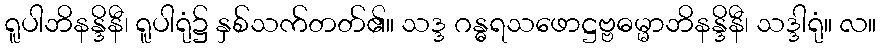
ရူပါဘိနန္ဒိနီ၊ ရူပါရုံ၌ နှစ်သက်တတ်၏။ သဒ္ဒ ဂန္ဓရသဖောဋ္ဌဗ္ဗဓမ္မာဘိနန္ဒိနီ၊ သဒ္ဒါရုံ။ လ။